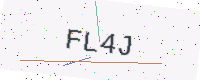
Text: FL4J